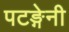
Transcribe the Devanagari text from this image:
पटङ्गेनी